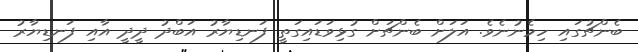
ބެންޗުގައި ހިމެނުނެވެ. އަލަށް ބެންޗަށް ގުޅިވަޑައިގަތީ ފަނޑިޔާރު އަބްދު ދީދީ އާއި ފަނޑިޔާރު